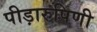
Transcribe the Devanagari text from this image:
पीड़ारुपिणी